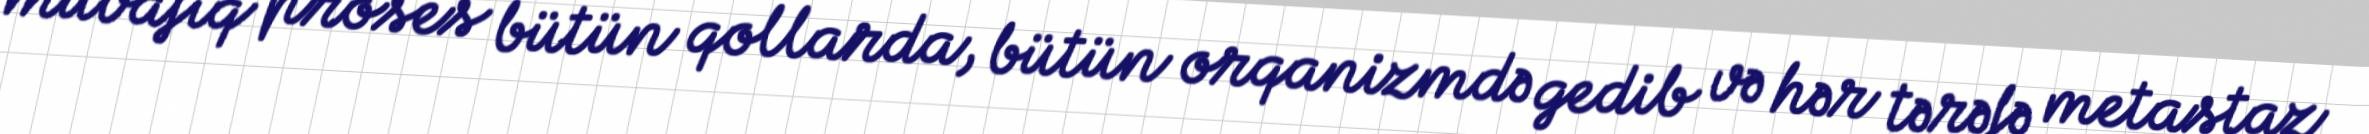
müvafiq proses bütün qollarda, bütün orqanizmdə gedib və hər tərəfə metastaz